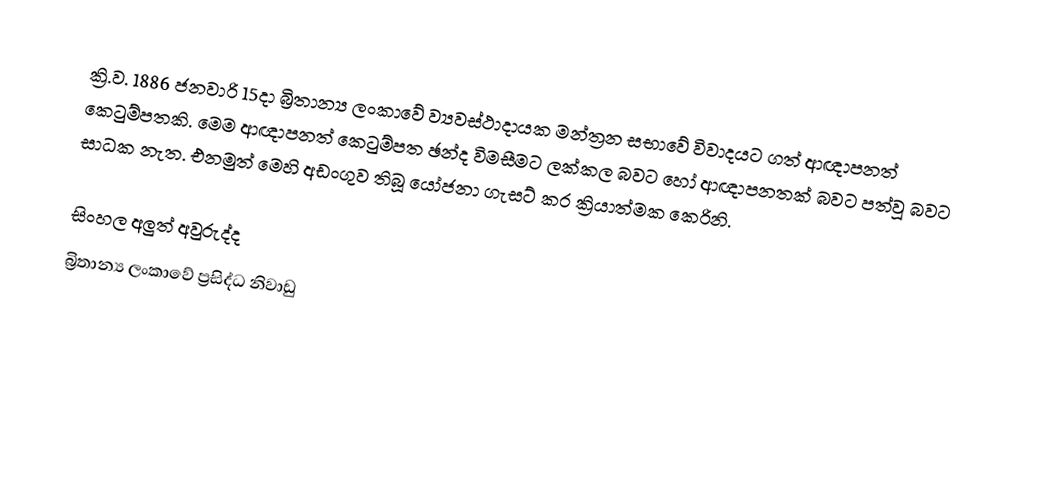
ක්‍රි.ව. 1886 ජනවාරි 15දා බ්‍රිතාන්‍ය ලංකාවේ ව්‍යවස්ථාදායක මන්ත්‍රන සභාවේ විවාදයට ගත් ආඥාපනත් කෙටුම්පතකි. මෙම ආඥාපනත් කෙටුම්පත ඡන්ද විමසීමට ලක්කල බවට හෝ ආඥාපනතක් බවට පත්වූ බවට සාධක නැත. එනමුත් මෙහි අඩංගුව තිබූ යෝජනා ගැසට් කර ක්‍රියාත්මක කෙරිනි.

සිංහල අලුත් අවුරුද්ද
බ්‍රිතාන්‍ය ලංකාවේ ප්‍රසිද්ධ නිවාඩු